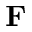
{ \bf F }